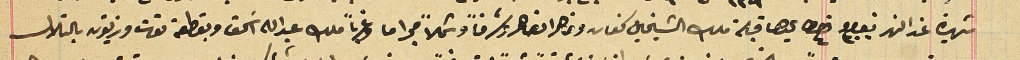
شهيرة عند النهر نمرو ٣٠٠ قيراط ٤ يحدها قبلة ملك الشيخين كنعان ونوهرا الضاهر وشرقاً وشمالاً مجرا ما وغرباً ملك عبدالله اسَحق وبقطعة توت وزيتون بالتلال